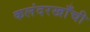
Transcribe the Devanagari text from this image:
कलंदरखाँची